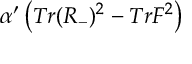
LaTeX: \alpha ^ { \prime } \left( T r ( R _ { - } ) ^ { 2 } - T r F ^ { 2 } \right)